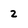
Character: 2